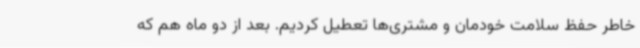
خاطر حفظ سلامت خودمان و مشتری‌ها تعطیل کردیم. بعد از دو ماه هم که